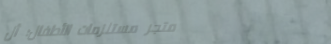
متجر مستلزمات الأطفال: أل